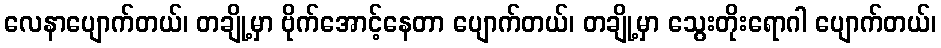
လေနာပျောက်တယ်၊ တချို့မှာ ဗိုက်အောင့်နေတာ ပျောက်တယ်၊ တချို့မှာ သွေးတိုးရောဂါ ပျောက်တယ်၊